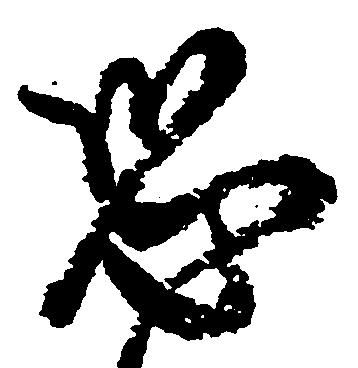
恐